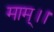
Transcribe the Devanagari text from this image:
माम्।।